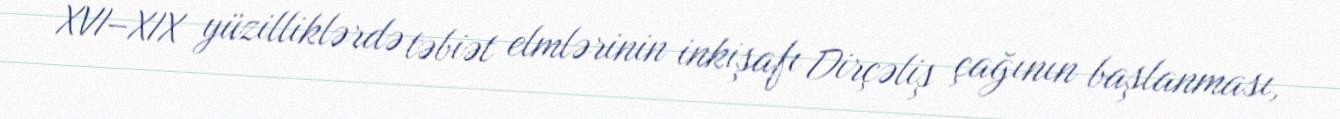
XVI–XIX yüzilliklərdə təbiət elmlərinin inkişafı Dirçəliş çağının başlanması,